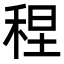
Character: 𫀴